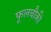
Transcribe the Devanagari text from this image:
फूलचौकी